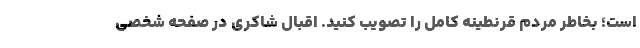
است؛ بخاطر مردم قرنطینه کامل را تصویب کنید. اقبال شاکری در صفحه شخصی